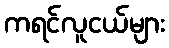
ကရင်လူငယ်များ